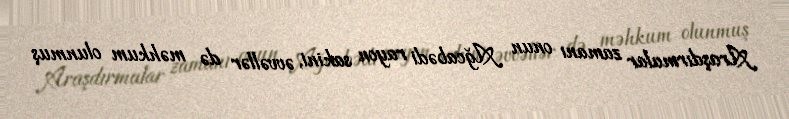
Araşdırmalar zamanı onun Ağcabədi rayon sakini, əvvəllər də məhkum olunmuş